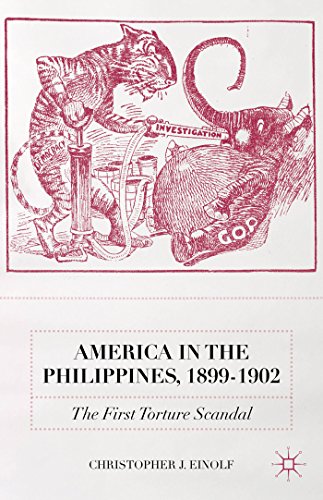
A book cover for America in the Philippines, 1899-1902: The First Torture Scandal; Christopher J. Einolf; History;